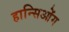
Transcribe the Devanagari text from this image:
हान्सिओंग